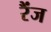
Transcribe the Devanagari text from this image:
रैंज